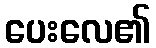
ပေးလေ၏